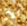
الآن